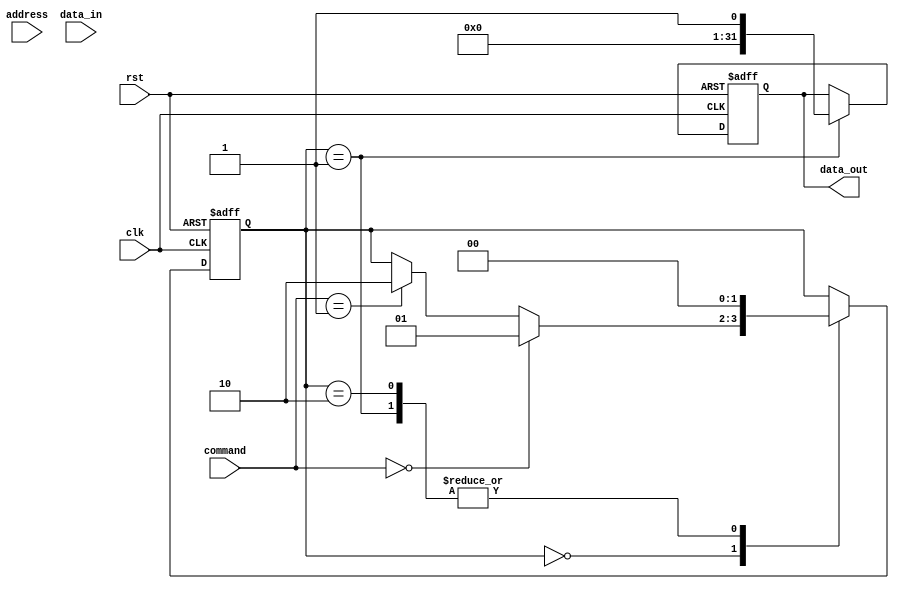
module SDRAM_controller (
    input wire clk,
    input wire rst,
    input wire [1:0] command,
    input wire [11:0] address,
    input wire [31:0] data_in,
    output reg [31:0] data_out
);

reg [1:0] state;
// define states for the controller
parameter IDLE = 2'b00;
parameter READ = 2'b01;
parameter WRITE = 2'b10;

initial begin
    state <= IDLE;
    data_out <= 32'b0;
end

always @(posedge clk or posedge rst) begin
    if (rst) begin
        state <= IDLE;
        data_out <= 32'b0;
    end else begin
        case (state)
            IDLE: begin
                // check command and transition to appropriate state
                if (command == 2'b00) begin
                    state <= READ;
                end else if (command == 2'b01) begin
                    state <= WRITE;
                end
            end
            READ: begin
                // read data from SDRAM based on address
                // simulate data read here
                data_out <= $random;
                state <= IDLE;
            end
            WRITE: begin
                // write data to SDRAM based on address and data_in
                // simulate data write here
                state <= IDLE;
            end
        endcase
    end
end

endmodule